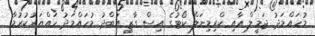
މުހައްމަދު ޖަމީލް އާއި ކްރިމިނަލް ކޯޓުގެ އިސް ގާޒީ އަބްދު މުހައްމަދު ހައްޔަރުކުރުމާ